Civil Veterinary Dept. Assam report 1927-50 - 1927-1950
Year: 1927
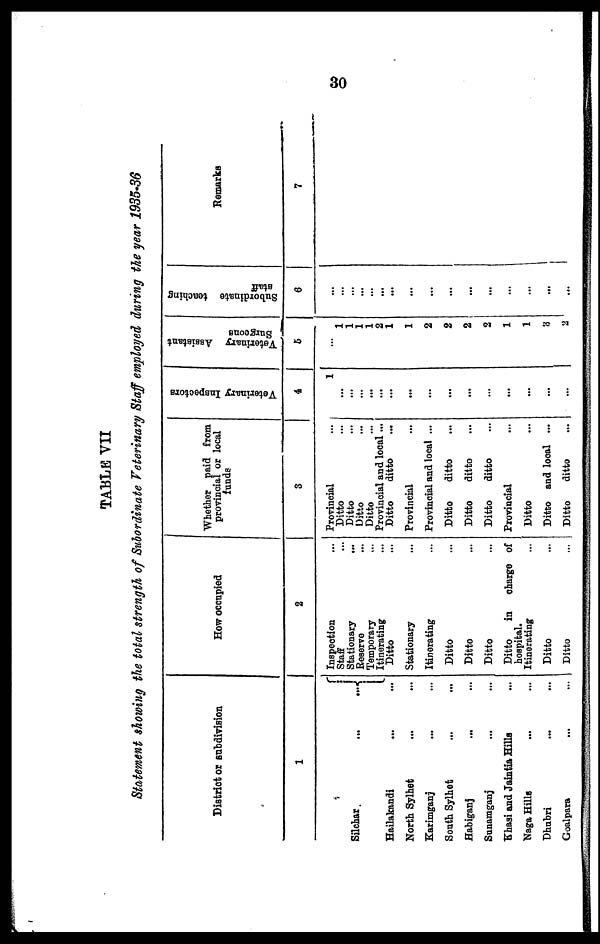
30
TABLE VII
Statement showing the total strength of Subordinate Veterinary Staff employed during the year 1935-36
District or subdivision
1
Silchar
...
...
Hailakandi
... ...
North Sylhet ... ...
Karimganj ... ...
South Sylhet ... ...
Habiganj ... ...
Sunamganj ... ...
Khasi and Jaintia Hills ...
Naga Hills ... ...
Dhubri ... ...
Goalpara ... ...
How occupied
2
Inspection ...
Staff ...
Stationary
...
Reserve ...
Temporary ...
Itinerating ...
Ditto ...
Stationary ...
Itinerating ...
Ditto ...
Ditto ...
Ditto ...
Ditto
in
charge of
hospital.
Itinerating ...
Ditto ...
Ditto ...
Whether paid from
provincial or local
funds
3
Provincial ...
Ditto ...
Ditto ...
Ditto ...
Ditto ...
Provincial and local ...
Ditto
ditto ...
Provincial ...
Provincial and local ...
Ditto
ditto ...
Ditto
ditto ...
Ditto
ditto ...
Provincial ...
Ditto ...
Ditto and local ...
Ditto
ditto ...
Veterinary Inspectors
4
1
...
...
...
...
...
...
...
...
...
...
...
...
...
...
Veterinary Assistant
Surgeons
5
1
1
1
1
2
1
1
2
2
2
2
1
1
8
2
Subordinate teaching
staff
6
...
...
...
...
...
...
...
...
...
...
...
...
...
...
Remarks
7